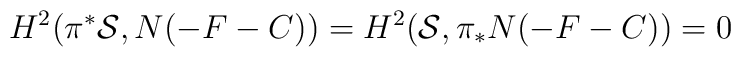
H^{2}(\pi^{*}{\cal S}, N(-F -C)) =H^{2} ({\cal S}, \pi_{*}N(-F -C))=0